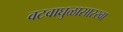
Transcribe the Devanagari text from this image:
वटवाघुळासारखा